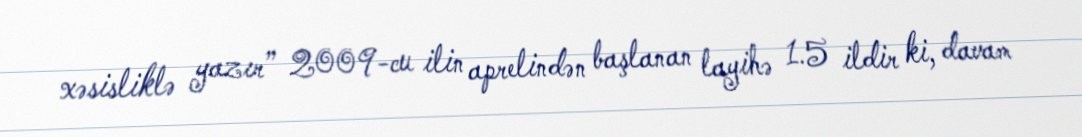
xəsisliklə yazır” 2009-cu ilin aprelindən başlanan layihə 1.5 ildir ki, davam